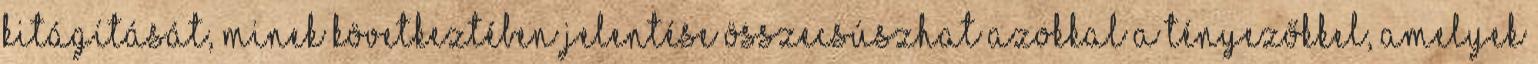
kitágítását, minek következtében jelentése összecsúszhat azokkal a tényezőkkel, amelyek